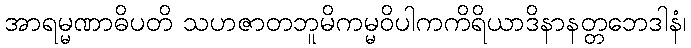
အာရမ္မဏာဓိပတိ သဟဇာတဘူမိကမ္မဝိပါကကိရိယာဒိနာနတ္တဘေဒါနံ၊